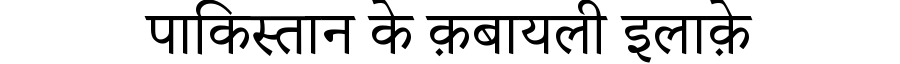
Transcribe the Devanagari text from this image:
पाकिस्तान के क़बायली इलाक़े